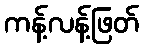
ကန့်လန့်ဖြတ်